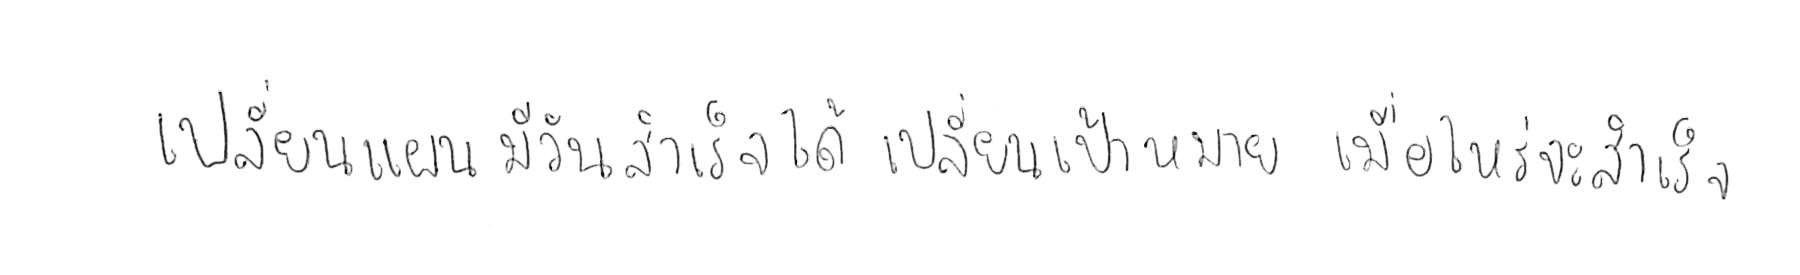
เปลี่ยนแผน มีวันสำเร็จได้ เปลี่ยนเป้าหมาย เมื่อไหร่จะสำเร็จ